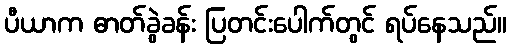
ပီယာက ဓာတ်ခွဲခန်း ပြတင်းပေါက်တွင် ရပ်နေသည်။